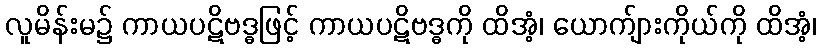
လူမိန်းမ၌ ကာယပဋိဗဒ္ဓဖြင့် ကာယပဋိဗဒ္ဓကို ထိအံ့၊ ယောက်ျားကိုယ်ကို ထိအံ့၊